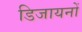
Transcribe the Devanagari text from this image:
डिजायनों